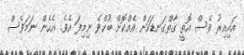
އައިއިރު ވެސް އޮތީ ގާތްގަނޑަކަށް އެއްކޮށް ބުކްވެ ނިމިފަ އެވެ. އެހެން ނަމަވެސް